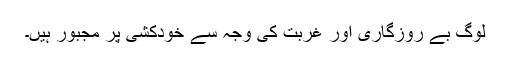
لوگ بے روزگاری اور غربت کی وجہ سے خودکشی پر مجبور ہیں۔